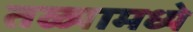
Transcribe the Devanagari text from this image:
तळ्यामध्ये